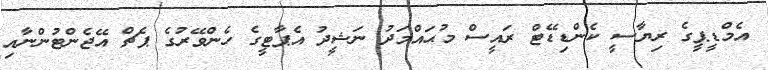
އެމްޑީޕީގެ ރިޔާސީ ކެންޑިޑޭޓް ރައީސް މުޙައްމަދު ނަޝީދު އެޕާޓީގެ ހެންވޭރުގެ ޕެޗް އޭޖެންޓުންނާއި